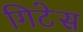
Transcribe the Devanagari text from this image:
गिटेस